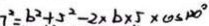
7 ^ { 2 } = b ^ { 2 } + 5 ^ { 2 } - 2 \times b \times 5 \times \cos 1 2 0 ^ { \circ }